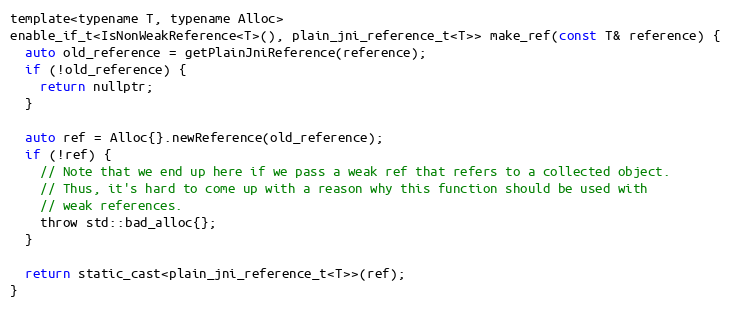
Language: C
template<typename T, typename Alloc>
enable_if_t<IsNonWeakReference<T>(), plain_jni_reference_t<T>> make_ref(const T& reference) {
  auto old_reference = getPlainJniReference(reference);
  if (!old_reference) {
    return nullptr;
  }

  auto ref = Alloc{}.newReference(old_reference);
  if (!ref) {
    // Note that we end up here if we pass a weak ref that refers to a collected object.
    // Thus, it's hard to come up with a reason why this function should be used with
    // weak references.
    throw std::bad_alloc{};
  }

  return static_cast<plain_jni_reference_t<T>>(ref);
}